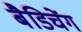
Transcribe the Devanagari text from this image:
बैडिचेंग